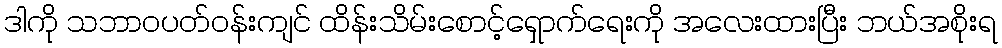
ဒါကို သဘာဝပတ်ဝန်းကျင် ထိန်းသိမ်းစောင့်ရှောက်ရေးကို အလေးထားပြီး ဘယ်အစိုးရ